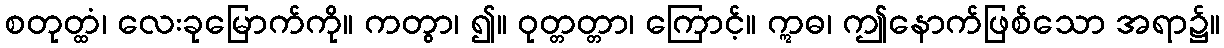
စတုတ္ထံ၊ လေးခုမြောက်ကို။ ကတွာ၊ ၍။ ဝုတ္တတ္တာ၊ ကြောင့်။ ဣဓ၊ ဤနောက်ဖြစ်သော အရာ၌။